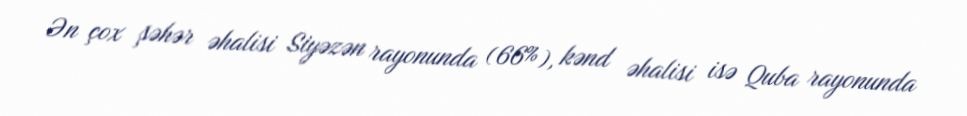
Ən çox şəhər əhalisi Siyəzən rayonunda (66%), kənd əhalisi isə Quba rayonunda